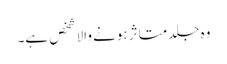
وہ جلد متاثر ہونے والا شخص ہے۔